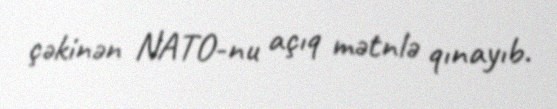
çəkinən NATO-nu açıq mətnlə qınayıb.